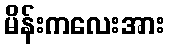
မိန်းကလေးအား